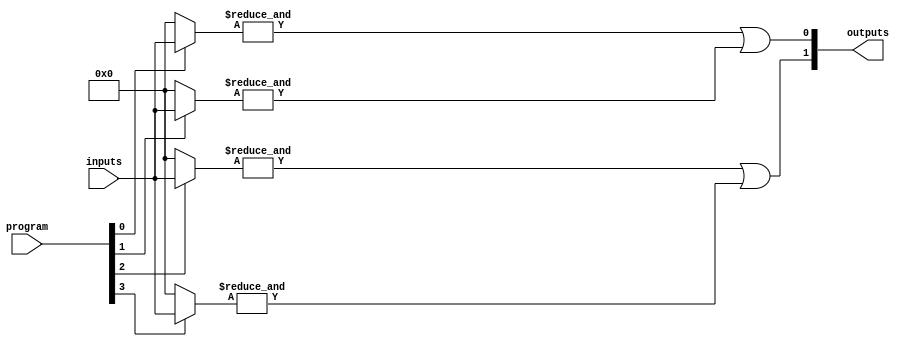
module PAL (
    input wire [N-1:0] inputs,         // Inputs to the PAL (N input lines)
    input wire [M-1:0] program,        // Programming inputs (M programming lines)
    output wire [P-1:0] outputs        // Outputs from the PAL (P output lines)
);
    
    // Parameter Definitions
    parameter N = 4;                   // Number of inputs
    parameter M = 8;                   // Number of programmable connections
    parameter P = 2;                   // Number of outputs
    // Number of AND gates
    parameter AND_TERMS = 4;           // Number of product terms (AND gates)

    // Internal wires for AND gate outputs
    wire [AND_TERMS-1:0] and_out;

    // Programmable AND array:
    genvar i, j;
    generate
        for (i = 0; i < AND_TERMS; i = i + 1) begin : and_array
            wire [N-1:0] and_inputs;
            assign and_inputs = program[i] ? inputs : {N{1'b0}}; // Select inputs based on programming
            assign and_out[i] = &and_inputs; // AND gate operation
        end
    endgenerate

    // Fixed OR array:
    // Example: Output 0 is OR of AND gate outputs 0 and 1, 
    // Output 1 is OR of AND gate outputs 2 and 3.
    assign outputs[0] = and_out[0] | and_out[1]; // OR gate for output 0
    assign outputs[1] = and_out[2] | and_out[3]; // OR gate for output 1

endmodule